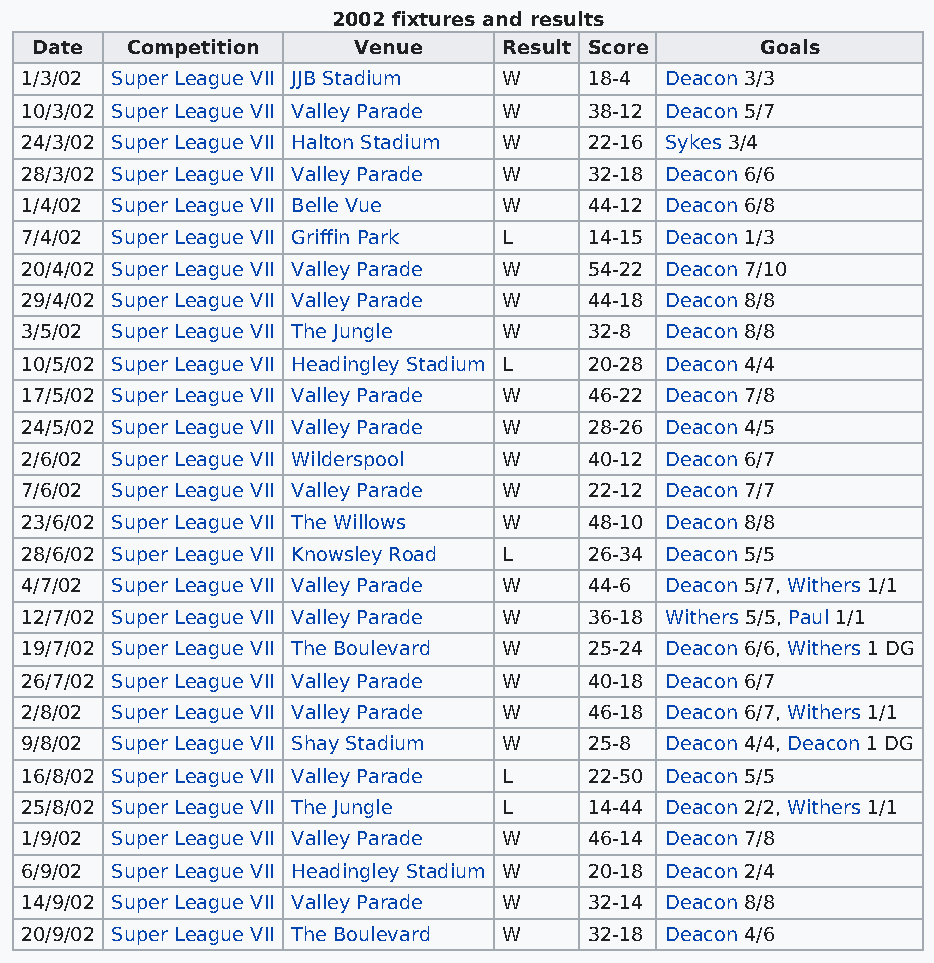
2002 fixtures and results
 Date  Competition    Venue     Result Score     Goals
 1/3/02 Super League VII JJB Stadium W 18-4 Deacon 3/3
 10/3/02 Super League VII Valley Parade W 38-12 Deacon 5/7
 24/3/02 Super League VII Halton Stadium W 22-16 Sykes 3/4
 28/3/02 Super League VII Valley Parade W 32-18 Deacon 6/6
 1/4/02 Super League VII Belle Vue W   44-12 Deacon 6/8
 7/4/02 Super League VII Griffin Park L 14-15 Deacon 1/3
 20/4/02 Super League VII Valley Parade W 54-22 Deacon 7/10
 29/4/02 Super League VII Valley Parade W 44-18 Deacon 8/8
 3/5/02 Super League VII The Jungle W  32-8 Deacon 8/8
 10/5/02 Super League VII Headingley Stadium L 20-28 Deacon 4/4
 17/5/02 Super League VII Valley Parade W 46-22 Deacon 7/8
 24/5/02 Super League VII Valley Parade W 28-26 Deacon 4/5
 2/6/02 Super League VII Wilderspool W 40-12 Deacon 6/7
 7/6/02 Super League VII Valley Parade W 22-12 Deacon 7/7
 23/6/02 Super League VII The Willows W 48-10 Deacon 8/8
 28/6/02 Super League VII Knowsley Road L 26-34 Deacon 5/5
 4/7/02 Super League VII Valley Parade W 44-6 Deacon 5/7, Withers 1/1
 12/7/02 Super League VII Valley Parade W 36-18 Withers 5/5, Paul 1/1
 19/7/02 Super League VII The Boulevard W 25-24 Deacon 6/6, Withers 1 DG
 26/7/02 Super League VII Valley Parade W 40-18 Deacon 6/7
 2/8/02 Super League VII Valley Parade W 46-18 Deacon 6/7, Withers 1/1
 9/8/02 Super League VII Shay Stadium W 25-8 Deacon 4/4, Deacon 1 DG
 16/8/02 Super League VII Valley Parade L 22-50 Deacon 5/5
 25/8/02 Super League VII The Jungle L 14-44 Deacon 2/2, Withers 1/1
 1/9/02 Super League VII Valley Parade W 46-14 Deacon 7/8
 6/9/02 Super League VII Headingley Stadium W 20-18 Deacon 2/4
 14/9/02 Super League VII Valley Parade W 32-14 Deacon 8/8
 20/9/02 Super League VII The Boulevard W 32-18 Deacon 4/6